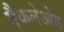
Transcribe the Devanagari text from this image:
मैकलेओड